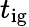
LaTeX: t_{\mathrm{ig}}